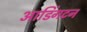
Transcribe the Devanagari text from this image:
आडिंगटन